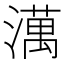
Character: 澫